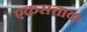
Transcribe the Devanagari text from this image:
एकसत्ताक